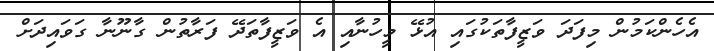
އެހެންކަމުން މިފަދަ ވަޒީފާތަކުގައި އުޅޭ މީހުނާއި އެ ވަޒީފާތަދޭ ފަރާތުން ގާނޫނާ ގަވައިދަށް